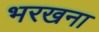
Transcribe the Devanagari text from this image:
भरखना